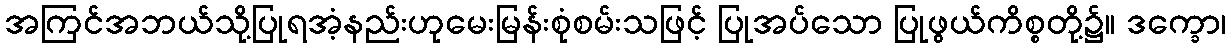
အကြင်အဘယ်သို့ပြုရအံ့နည်းဟုမေးမြန်းစုံစမ်းသဖြင့် ပြုအပ်သော ပြုဖွယ်ကိစ္စတို့၌။ ဒက္ခော၊